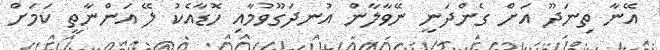
އޭނާ ތިނަދޫ އަށް ގެންދަނީ ނޭވާލާން އުނދަގޫވުމާއި ހޮޑާއެކު ލޭ އަންނާތީ ކަމަށް